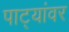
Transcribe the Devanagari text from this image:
पाट्यांवर